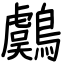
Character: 鸆